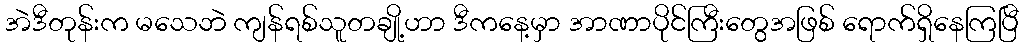
အဲဒီတုန်းက မသေဘဲ ကျန်ရစ်သူတချို့ဟာ ဒီကနေ့မှာ အာဏာပိုင်ကြီးတွေအဖြစ် ရောက်ရှိနေကြပြီ